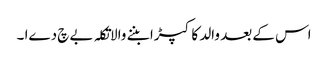
اس کے بعد والد کا کپڑا بننے والاتکلہ بےچ دےا ۔